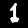
Label: 1